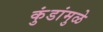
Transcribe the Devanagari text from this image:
कुंडांमुळे